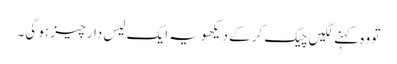
تو وہ کہنے لگیں چیک کر کے دیکھو یہ ایک لیس دار چیز ہو گی۔